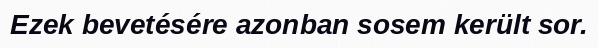
Ezek bevetésére azonban sosem került sor.